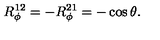
R _ { \phi } ^ { 1 2 } = - R _ { \phi } ^ { 2 1 } = - \cos \theta .